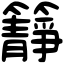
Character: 𥶹